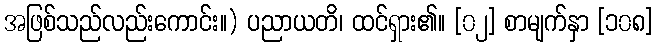
အဖြစ်သည်လည်းကောင်း။) ပညာယတိ၊ ထင်ရှား၏။ [၀၂] စာမျက်နှာ [၁၀၈]